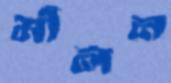
মীলন